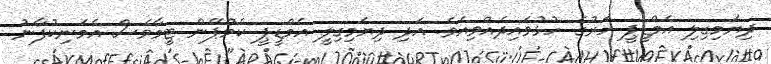
ދިޔަމިގިލި އެމްޑީޕީ ހަރުގެ ހުޅުވައިދެއްވިއެވެ. އަދި ދިޔަމިގިލީ އެމްޑީޕީ ކެމްޕޭން ޓީމާވެސް އެމަނިކުފާނު